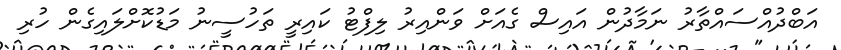
އަބްދުއްސައްތާރު ނަމާދުން އައިސް ގެއަށް ވަންއިރު ލިފްޓު ކައިރީ ތަހުސީނު މަޑުކޮށްލައިގެން ހުރި